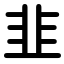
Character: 韭